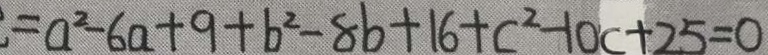
= a ^ { 2 } - 6 a + 9 + b ^ { 2 } - 8 b + 1 6 + c ^ { 2 } - 1 0 c + 2 5 = 0